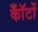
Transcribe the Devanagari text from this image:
कॉँटों